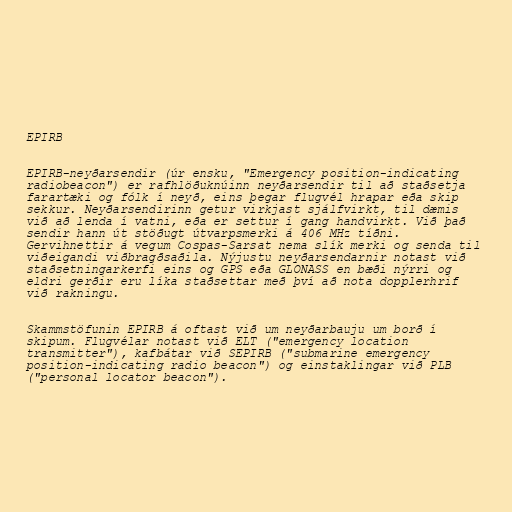
EPIRB

EPIRB-neyðarsendir (úr ensku, "Emergency position-indicating
radiobeacon") er rafhlöðuknúinn neyðarsendir til að staðsetja
farartæki og fólk í neyð, eins þegar flugvél hrapar eða skip
sekkur. Neyðarsendirinn getur virkjast sjálfvirkt, til dæmis
við að lenda í vatni, eða er settur í gang handvirkt. Við það
sendir hann út stöðugt útvarpsmerki á 406 MHz tíðni.
Gervihnettir á vegum Cospas-Sarsat nema slík merki og senda til
viðeigandi viðbragðsaðila. Nýjustu neyðarsendarnir notast við
staðsetningarkerfi eins og GPS eða GLONASS en bæði nýrri og
eldri gerðir eru líka staðsettar með því að nota dopplerhrif
við rakningu.

Skammstöfunin EPIRB á oftast við um neyðarbauju um borð í
skipum. Flugvélar notast við ELT ("emergency location
transmitter"), kafbátar við SEPIRB ("submarine emergency
position-indicating radio beacon") og einstaklingar við PLB
("personal locator beacon").